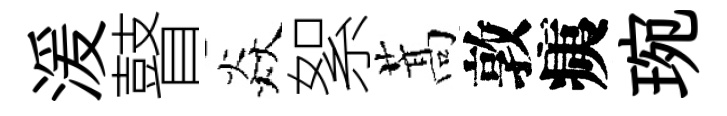
湲瞽焱絮蒿敦痍琬